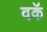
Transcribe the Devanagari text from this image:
वकॅ